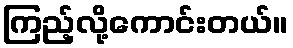
ကြည့်လို့ကောင်းတယ်။